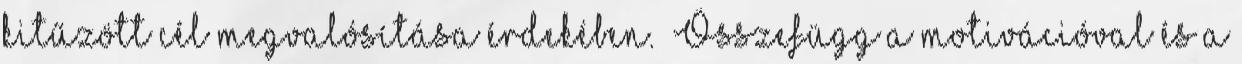
kitűzött cél megvalósítása érdekében.” Összefügg a motivációval és a